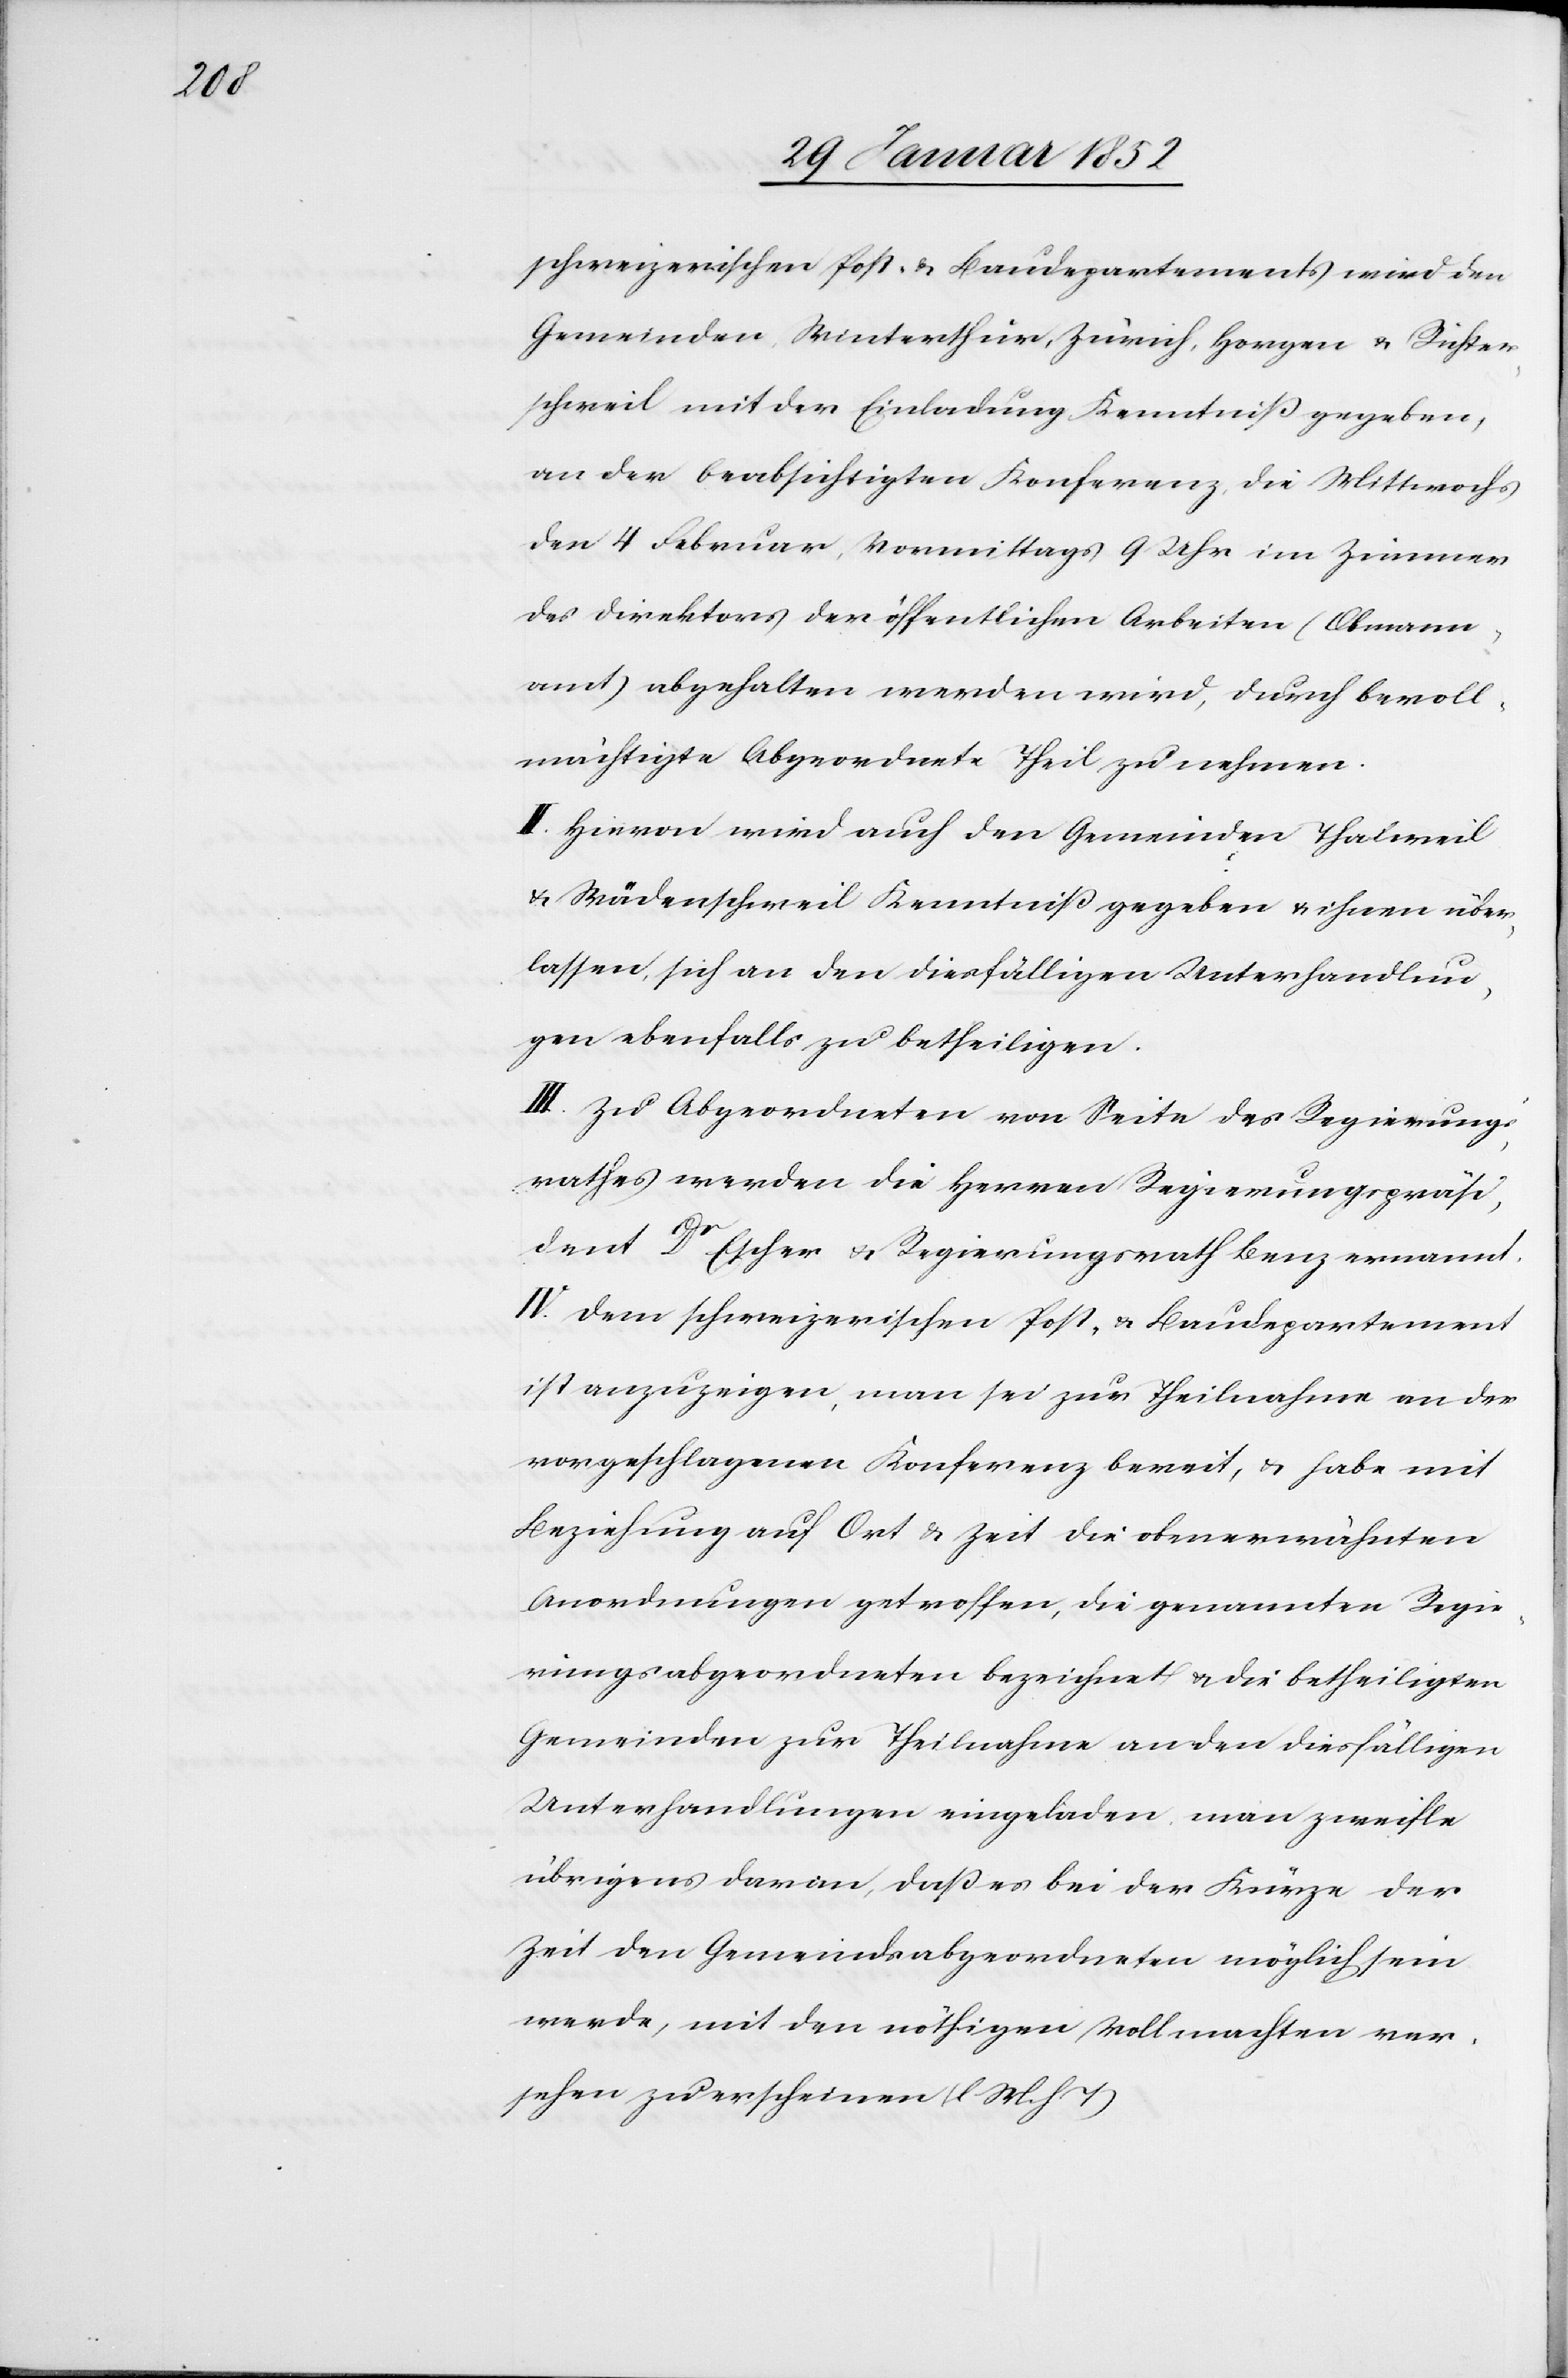
schweizerischen Post- u. Baudepartements wird den
Gemeinden Winterthur, Zürich, Horgen u. Richter¬
schweil mit der Einladung Kenntniß gegeben,
an der beabsichtigten Konferenz, die Mittwochs
den 4 Februar, Vormittags 9 Uhr im Zimmer
des Direktors der öffentlichen Arbeiten (Obmann¬
amt) abgehalten werden wird, durch bevoll¬
mächtigte Abgeordnete Theil zu nehmen.
II. Hiervon wird auch den Gemeinden Thalweil
u. Wädenschweil Kenntniß gegeben u. ihnen über¬
lassen, sich an den diesfälligen Unterhandlun¬
gen ebenfalls zu betheiligen.
III. Zu Abgeordneten von Seite des Regierungs¬
rathes werden die Herren Regierungspräsi¬
dent Dr Escher u. Regierungsrath Benz ernannt.
IV. Dem schweizerischen Post- u. Baudepartement
ist anzuzeigen, man sei zur Theilnahme an der
vorgeschlagenen Konferenz bereit, u. habe mit
Beziehung auf Ort u. Zeit die obenerwähnten
Anordnungen getroffen, die genannten Regie¬
rungsabgeordneten bezeichnet u. die betheiligten
Gemeinden zur Theilnahme an den dießfälligen
Unterhandlungen eingeladen, man zweifle
übrigens davon, daß es bei der Kürze der
Zeit den Gemeindsabgeordneten möglich sein
werde, mit den nöthigen Vollmachten ver¬
sehen zu erscheinen (l M. h T)